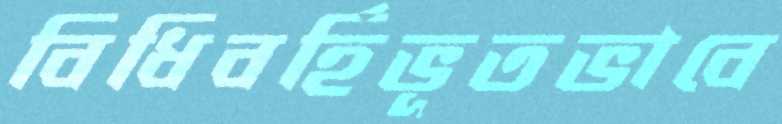
বিধিবর্হিভূতভাবে